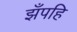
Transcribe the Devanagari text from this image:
झँपहि